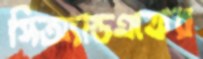
সিঅ্যান্ডএফের